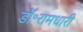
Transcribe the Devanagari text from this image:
डॉ॰रामधारी